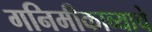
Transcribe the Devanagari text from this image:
गनिमीकाव्याचे